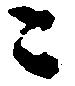
ニ